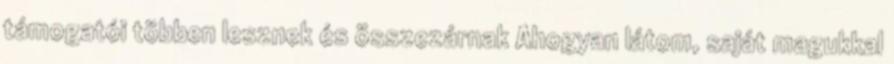
támogatói többen lesznek és összezárnak Ahogyan látom, saját magukkal